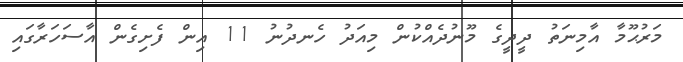
މަރުޙޫމާ އާމިނަތު ދީދީގެ މޫނުދެއްކުން މިއަދު ހެނދުނު 11 އިން ފެށިގެން އާސަހަރާގައި